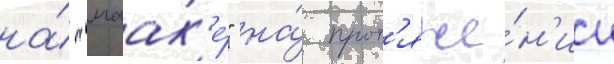
на́ "маак'е́" на́ прот'яже́н'ии